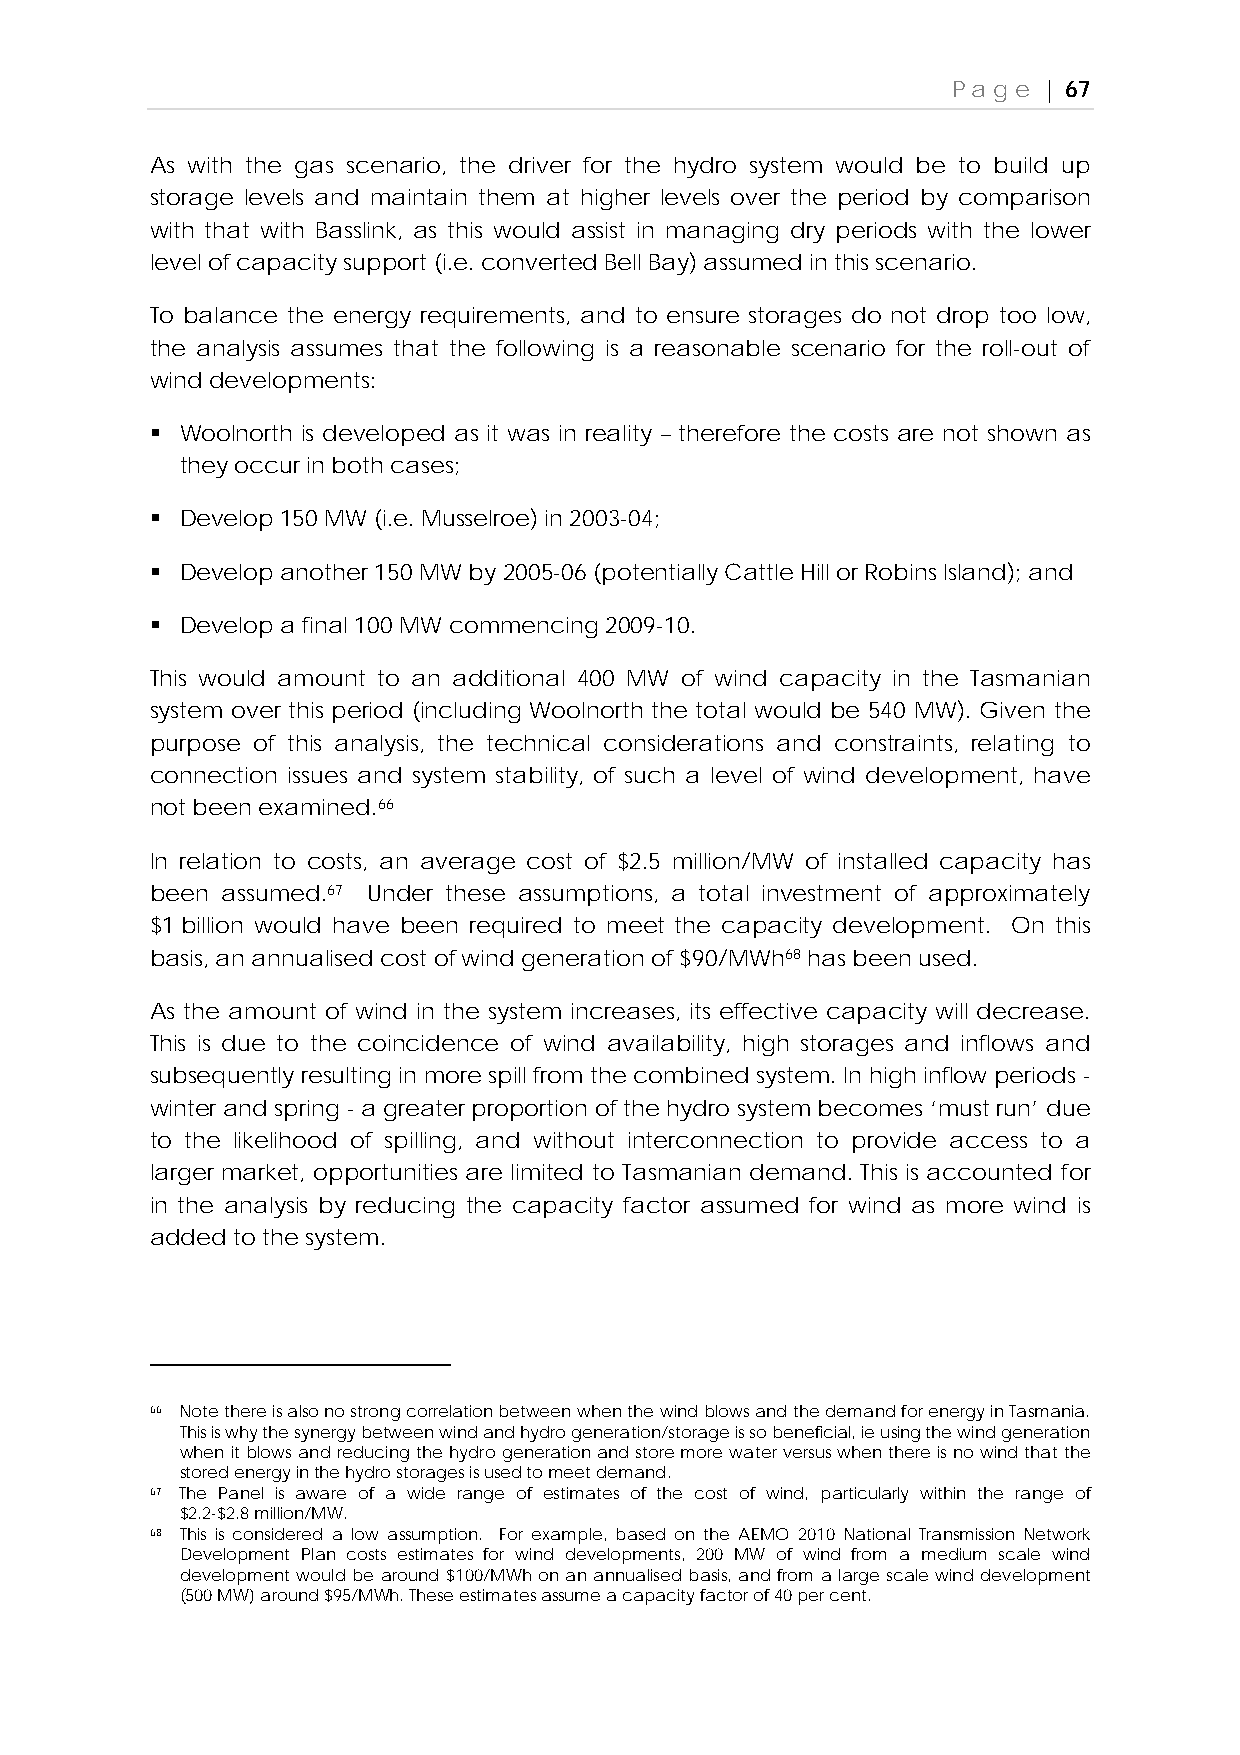
Page  | 67
 As with the gas scenario, the driver for the hydro system would be to build up
 storage levels and maintain them at higher levels over the period by comparison
 with that with Basslink, as this would assist in managing dry periods with the lower
 level of capacity support (i.e. converted Bell Bay) assumed in this scenario.
 To balance the energy requirements, and to ensure storages do not drop too low,
 the analysis assumes that the following is a reasonable scenario for the roll-out of
 wind developments:
  Woolnorth is developed as it was in reality – therefore the costs are not shown as
 they occur in both cases;
  Develop 150 MW (i.e. Musselroe) in 2003-04;
  Develop another 150 MW by 2005-06 (potentially Cattle Hill or Robins Island); and
  Develop a final 100 MW commencing 2009-10.
 This would amount to an additional 400 MW of wind capacity in the Tasmanian
 system over this period (including Woolnorth the total would be 540 MW). Given the
 purpose of this analysis, the technical considerations and constraints, relating to
 connection issues and system stability, of such a level of wind development, have
 not been examined.66
 In relation to costs, an average cost of $2.5 million/MW of installed capacity has
 been assumed.67 Under these assumptions, a total investment of approximately
 $1 billion would have been required to meet the capacity development. On this
 basis, an annualised cost of wind generation of $90/MWh68 has been used.
 As the amount of wind in the system increases, its effective capacity will decrease.
 This is due to the coincidence of wind availability, high storages and inflows and
 subsequently resulting in more spill from the combined system. In high inflow periods -
 winter and spring - a greater proportion of the hydro system becomes ‘must run’ due
 to the likelihood of spilling, and without interconnection to provide access to a
 larger market, opportunities are limited to Tasmanian demand. This is accounted for
 in the analysis by reducing the capacity factor assumed for wind as more wind is
 added to the system.
 66 Note there is also no strong correlation between when the wind blows and the demand for energy in Tasmania.
 This is why the synergy between wind and hydro generation/storage is so beneficial, ie using the wind generation
 when it blows and reducing the hydro generation and store more water versus when there is no wind that the
 stored energy in the hydro storages is used to meet demand.
 67 The Panel is aware of a wide range of estimates of the cost of wind, particularly within the range of
 $2.2-$2.8 million/MW.
 68 This is considered a low assumption. For example, based on the AEMO 2010 National Transmission Network
 Development Plan costs estimates for wind developments, 200 MW of wind from a medium scale wind
 development would be around $100/MWh on an annualised basis, and from a large scale wind development
 (500 MW) around $95/MWh. These estimates assume a capacity factor of 40 per cent.